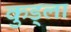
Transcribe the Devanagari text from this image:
कुड्ला